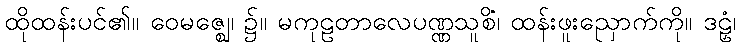
ထိုထန်းပင်၏။ ဝေမဇ္ဈေ၊ ၌။ မကုဠတာလေပဏ္ဏသူစိံ၊ ထန်းဖူးညှောက်ကို။ ဒဠှံ၊